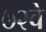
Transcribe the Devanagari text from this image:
७२वे